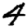
Digit: 4